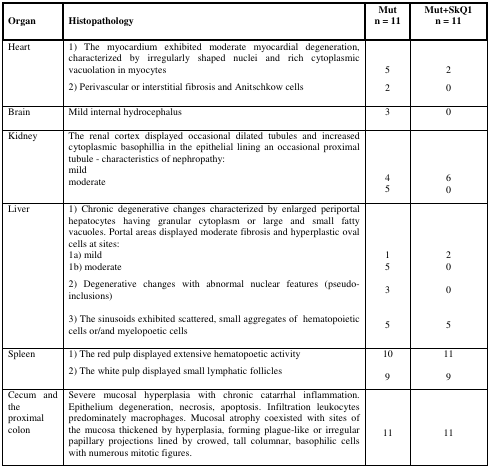
<table><thead><tr><td><b>Organ</b></td><td><b>Histopathology</b></td><td><b>Mutn = 11</b></td><td><b>Mut+SkQ1n = 11</b></td></tr></thead><tbody><tr><td rowspan="2">Heart</td><td>1) The myocardium exhibited moderate myocardial degeneration, characterized by irregularly shaped nuclei and rich cytoplasmic vacuolation in myocytes</td><td>5</td><td>2</td></tr><tr><td>2) Perivascular or interstitial fibrosis and Anitschkow cells</td><td>2</td><td>0</td></tr><tr><td>Brain</td><td>Mild internal hydrocephalus</td><td>3</td><td>0</td></tr><tr><td>Kidney</td><td>The renal cortex displayed occasional dilated tubules and increased cytoplasmic basophillia in the epithelial lining an occasional proximal tubule - characteristics of nephropathy:mildmoderate</td><td>45</td><td>60</td></tr><tr><td rowspan="3">Liver</td><td>1) Chronic degenerative changes characterized by enlarged periportal hepatocytes having granular cytoplasm or large and small fatty vacuoles. Portal areas displayed moderate fibrosis and hyperplastic oval cells at sites:1a) mild1b) moderate</td><td>15</td><td>20</td></tr><tr><td>2) Degenerative changes with abnormal nuclear features (pseudo-inclusions)</td><td>3</td><td>0</td></tr><tr><td>3) The sinusoids exhibited scattered, small aggregates of hematopoietic cells or/and myelopoetic cells</td><td>5</td><td>5</td></tr><tr><td rowspan="2">Spleen</td><td>1) The red pulp displayed extensive hematopoetic activity</td><td>10</td><td>11</td></tr><tr><td>2) The white pulp displayed small lymphatic follicles</td><td>9</td><td>9</td></tr><tr><td>Cecum and the proximal colon</td><td>Severe mucosal hyperplasia with chronic catarrhal inflammation. Epithelium degeneration, necrosis, apoptosis. Infiltration leukocytes predominately macrophages. Mucosal atrophy coexisted with sites of the mucosa thickened by hyperplasia, forming plague-like or irregular papillary projections lined by crowed, tall columnar, basophilic cells with numerous mitotic figures.</td><td>11</td><td>11</td></tr></tbody></table>